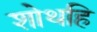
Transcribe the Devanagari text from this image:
शोथहि